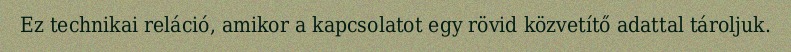
Ez technikai reláció, amikor a kapcsolatot egy rövid közvetítő adattal tároljuk.